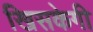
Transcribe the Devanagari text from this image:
खिसकेगी